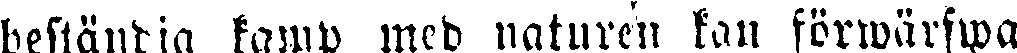
beständig kamp med naturen kan förwärfwa